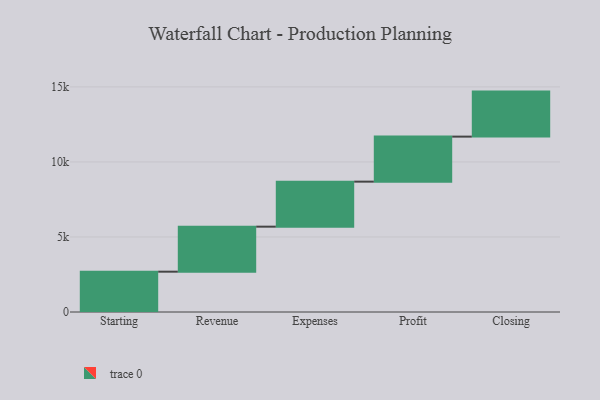
{"axis": {"x": "Step", "y": "Value"}, "legend": [""], "data": [{"x": "Starting", "y": 2687.0, "type": ""}, {"x": "Revenue", "y": 3000, "type": ""}, {"x": "Expenses", "y": 3000, "type": ""}, {"x": "Profit", "y": 3000, "type": ""}, {"x": "Closing", "y": 3000, "type": ""}]}